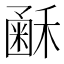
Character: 𥡰